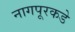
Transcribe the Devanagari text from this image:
नागपूरकडे